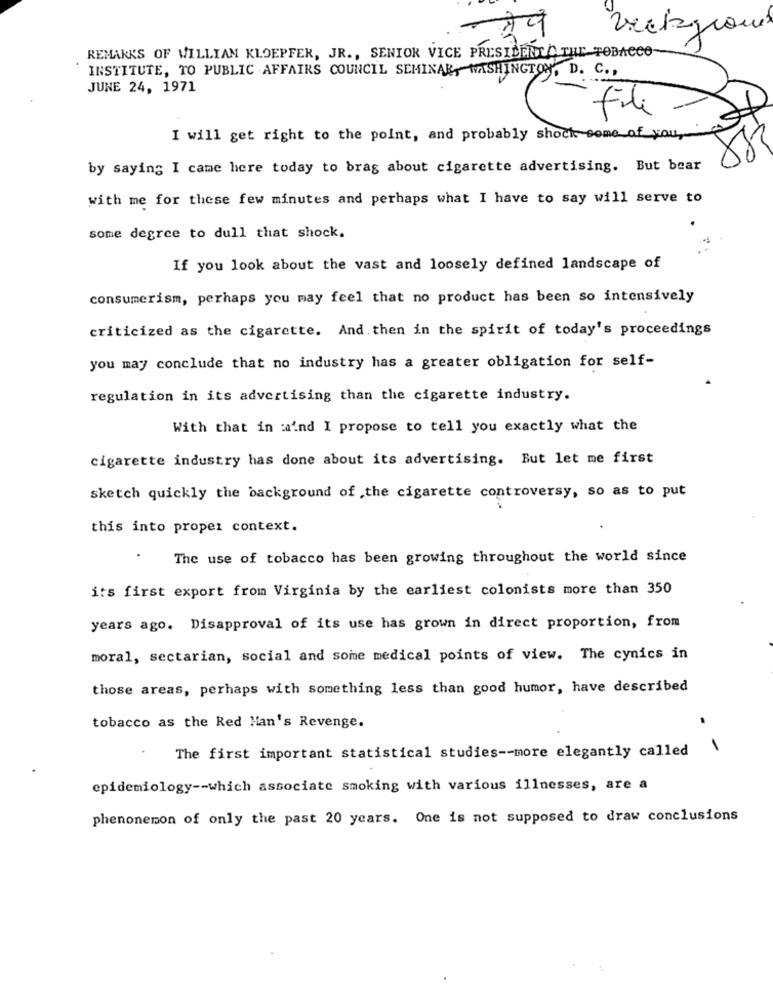
Veckground
REMARKS OF WILLIAM KLOEPFER, JR ., SENIOR VICE PRESIDENTA THE TOBACCO-
INSTITUTE, TO PUBLIC AFFAIRS COUNCIL SEMINAR, WASHINGTON, D. C .,
JUNE 24, 1971
file
I will get right to the point, and probably shock some of you.
by saying I came here today to brag about cigarette advertising. But bear
with me for these few minutes and perhaps what I have to say will serve to
some degree to dull that shock.
If you look about the vast and loosely defined landscape of
consumerism, perhaps you may feel that no product has been so intensively
criticized as the cigarette. And then in the spirit of today's proceedings
you may conclude that no industry has a greater obligation for self-
regulation in its advertising than the cigarette industry.
With that in aind I propose to tell you exactly what the
cigarette industry has done about its advertising. But let me first
sketch quickly the background of the cigarette controversy, so as to put
this into proper context.
The use of tobacco has been growing throughout the world since
its first export from Virginia by the earliest colonists more than 350
years ago. Disapproval of its use has grown in direct proportion, from
moral, sectarian, social and some medical points of view. The cynics in
those areas, perhaps with something less than good humor, have described
tobacco as the Red Han's Revenge.
The first important statistical studies -- more elegantly called
epidemiology -- which associate smoking with various illnesses, are a
phenonemon of only the past 20 years. One is not supposed to draw conclusions